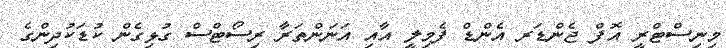
މިނިސްޓްރީ އޮފް ޖެންޑަރ އެންޑް ފެމިލީ އާއި އަނަންތަރާ ރިސޯޓްސް ގުޅިގެން ކުޑަކުދިންގެ